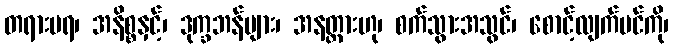
တရားမရ၊ အနိစ္စနှင့်၊ ဒုက္ခဘန်များ၊ အနတ္တားဟု၊ စက်သွားအသွင်၊ စောင့်လျက်ပင်ကို၊